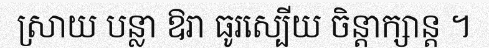
ស្រាយ បន្លា ឱរា ធូរស្បើយ ចិន្តាក្សាន្ត ។